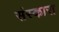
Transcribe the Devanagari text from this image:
संस्कारा